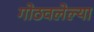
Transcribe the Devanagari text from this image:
गोठवलेल्या